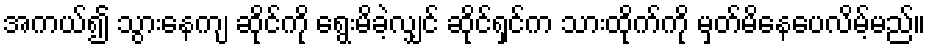
အကယ်၍ သွားနေကျ ဆိုင်ကို ရွေးမိခဲ့လျှင် ဆိုင်ရှင်က သားထိုက်ကို မှတ်မိနေပေလိမ့်မည်။